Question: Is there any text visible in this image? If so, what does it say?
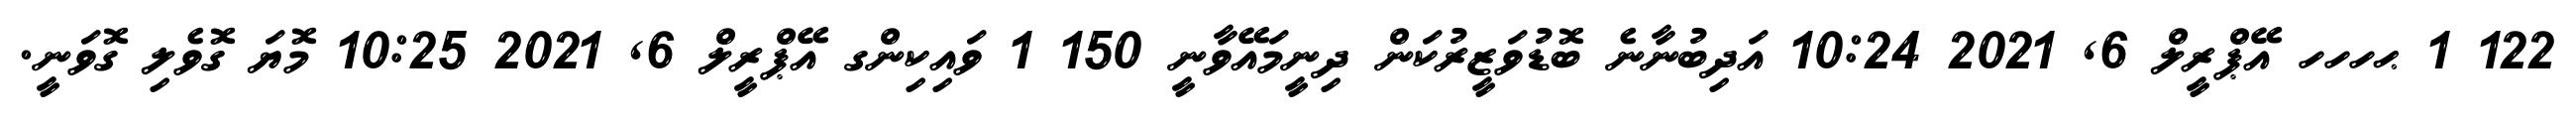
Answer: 122 1 ޙހހހ އޭޕްރީލް 6, 2021 10:24 އަދިބުނާނެ ބޮޑުވަޒީރުކަން ދިނީމައޭވާނީ 150 1 ވައިކިންގ އޭޕްރީލް 6, 2021 10:25 މޮޔަ ގޮވެލި ގޮވަނީ.